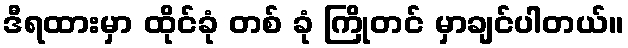
ဒီရထားမှာ ထိုင်ခုံ တစ် ခုံ ကြိုတင် မှာချင်ပါတယ်။